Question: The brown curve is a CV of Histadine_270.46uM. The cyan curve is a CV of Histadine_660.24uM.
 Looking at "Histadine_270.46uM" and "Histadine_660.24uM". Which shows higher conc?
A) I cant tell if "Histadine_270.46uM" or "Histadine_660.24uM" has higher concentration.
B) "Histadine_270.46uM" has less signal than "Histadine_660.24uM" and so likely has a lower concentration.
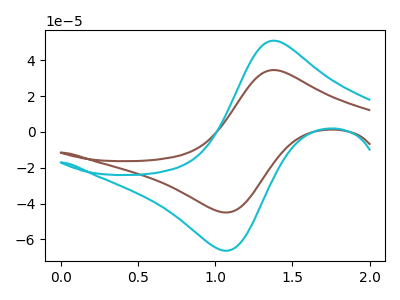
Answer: <think>The brown curve "Histadine_270.46uM" has an anodic peak at (1.40V, 34.55uA) and a cathodic peak at (1.05V, -44.95uA). The cyan curve "Histadine_660.24uM" has an anodic peak at (1.40V, 50.90uA) and a cathodic peak at (1.05V, -66.25uA).
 All the peaks in "Histadine_270.46uM" have a peak in "Histadine_660.24uM" at the same potential. Every peak in "Histadine_270.46uM" is lower than every peak in "Histadine_660.24uM".</think>
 <answer>B) "Histadine_270.46uM" has less signal than "Histadine_660.24uM" and so likely has a lower concentration.</answer>
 <eval>B</eval>